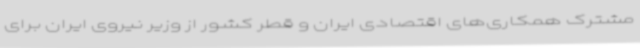
مشترک همکاری‌های اقتصادی ایران و قطر کشور از وزیر نیروی ایران برای